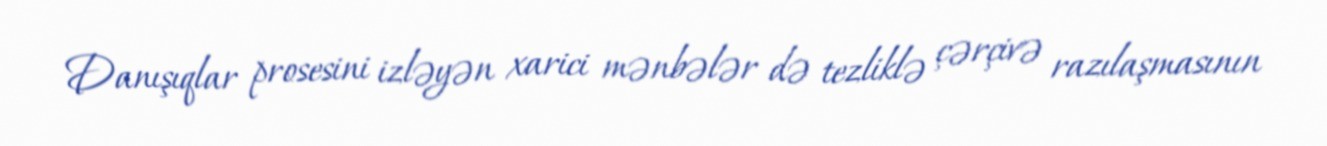
Danışıqlar prosesini izləyən xarici mənbələr də tezliklə çərçivə razılaşmasının